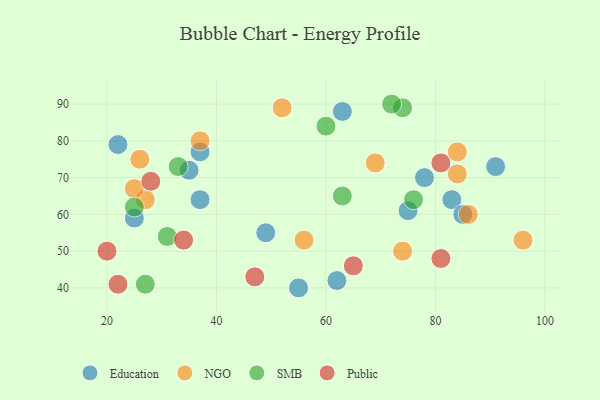
{"axis": {"x": "GDP", "y": "Life Expectancy"}, "legend": ["Education", "NGO", "Public", "SMB"], "data": [{"x": "63", "y": 88, "type": "Education"}, {"x": "78", "y": 70, "type": "Education"}, {"x": "91", "y": 73, "type": "Education"}, {"x": "25", "y": 59, "type": "Education"}, {"x": "83", "y": 64, "type": "Education"}, {"x": "37", "y": 64, "type": "Education"}, {"x": "85", "y": 60, "type": "Education"}, {"x": "49", "y": 55, "type": "Education"}, {"x": "22", "y": 79, "type": "Education"}, {"x": "35", "y": 72, "type": "Education"}, {"x": "37", "y": 77, "type": "Education"}, {"x": "75", "y": 61, "type": "Education"}, {"x": "62", "y": 42, "type": "Education"}, {"x": "55", "y": 40, "type": "Education"}, {"x": "69", "y": 74, "type": "NGO"}, {"x": "52", "y": 89, "type": "NGO"}, {"x": "84", "y": 71, "type": "NGO"}, {"x": "27", "y": 64, "type": "NGO"}, {"x": "26", "y": 75, "type": "NGO"}, {"x": "86", "y": 60, "type": "NGO"}, {"x": "84", "y": 77, "type": "NGO"}, {"x": "74", "y": 50, "type": "NGO"}, {"x": "96", "y": 53, "type": "NGO"}, {"x": "25", "y": 67, "type": "NGO"}, {"x": "56", "y": 53, "type": "NGO"}, {"x": "37", "y": 80, "type": "NGO"}, {"x": "27", "y": 41, "type": "SMB"}, {"x": "76", "y": 64, "type": "SMB"}, {"x": "60", "y": 84, "type": "SMB"}, {"x": "31", "y": 54, "type": "SMB"}, {"x": "25", "y": 62, "type": "SMB"}, {"x": "74", "y": 89, "type": "SMB"}, {"x": "33", "y": 73, "type": "SMB"}, {"x": "72", "y": 90, "type": "SMB"}, {"x": "63", "y": 65, "type": "SMB"}, {"x": "81", "y": 48, "type": "Public"}, {"x": "22", "y": 41, "type": "Public"}, {"x": "28", "y": 69, "type": "Public"}, {"x": "81", "y": 74, "type": "Public"}, {"x": "20", "y": 50, "type": "Public"}, {"x": "65", "y": 46, "type": "Public"}, {"x": "47", "y": 43, "type": "Public"}, {"x": "34", "y": 53, "type": "Public"}]}